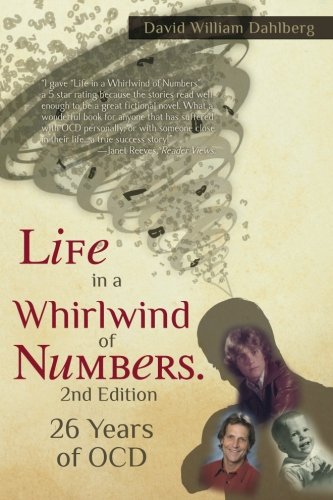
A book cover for Life in a Whirlwind of Numbers. 26 Years of OCD, 2nd Edition; David William Dahlberg; Health, Fitness & Dieting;